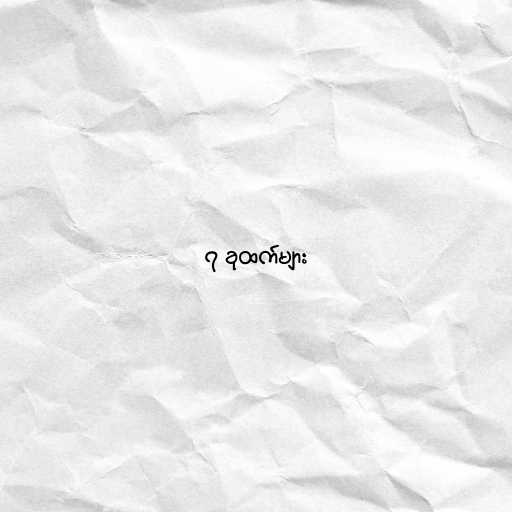
၇ ခုထက်များ